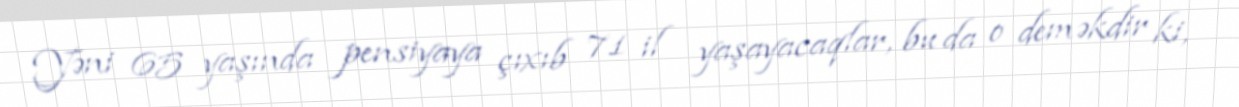
Yəni 65 yaşında pensiyaya çıxıb 71 il yaşayacaqlar, bu da o deməkdir ki,